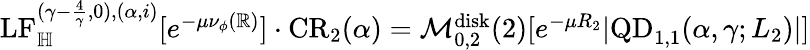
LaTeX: \begin{array}{r}{\mathrm{LF}_{\mathbb H}^{(\gamma-\frac{4}{\gamma},0),(\alpha,i)}[e^{-\mu\nu_{\phi}(\mathbb R)}]\cdot\mathrm{{CR}}_{2}(\alpha)=\mathcal M_{0,2}^{\mathrm{disk}}(2)[e^{-\mu R_{2}}|\mathrm{QD}_{1,1}(\alpha,\gamma;L_{2})|]}\end{array}